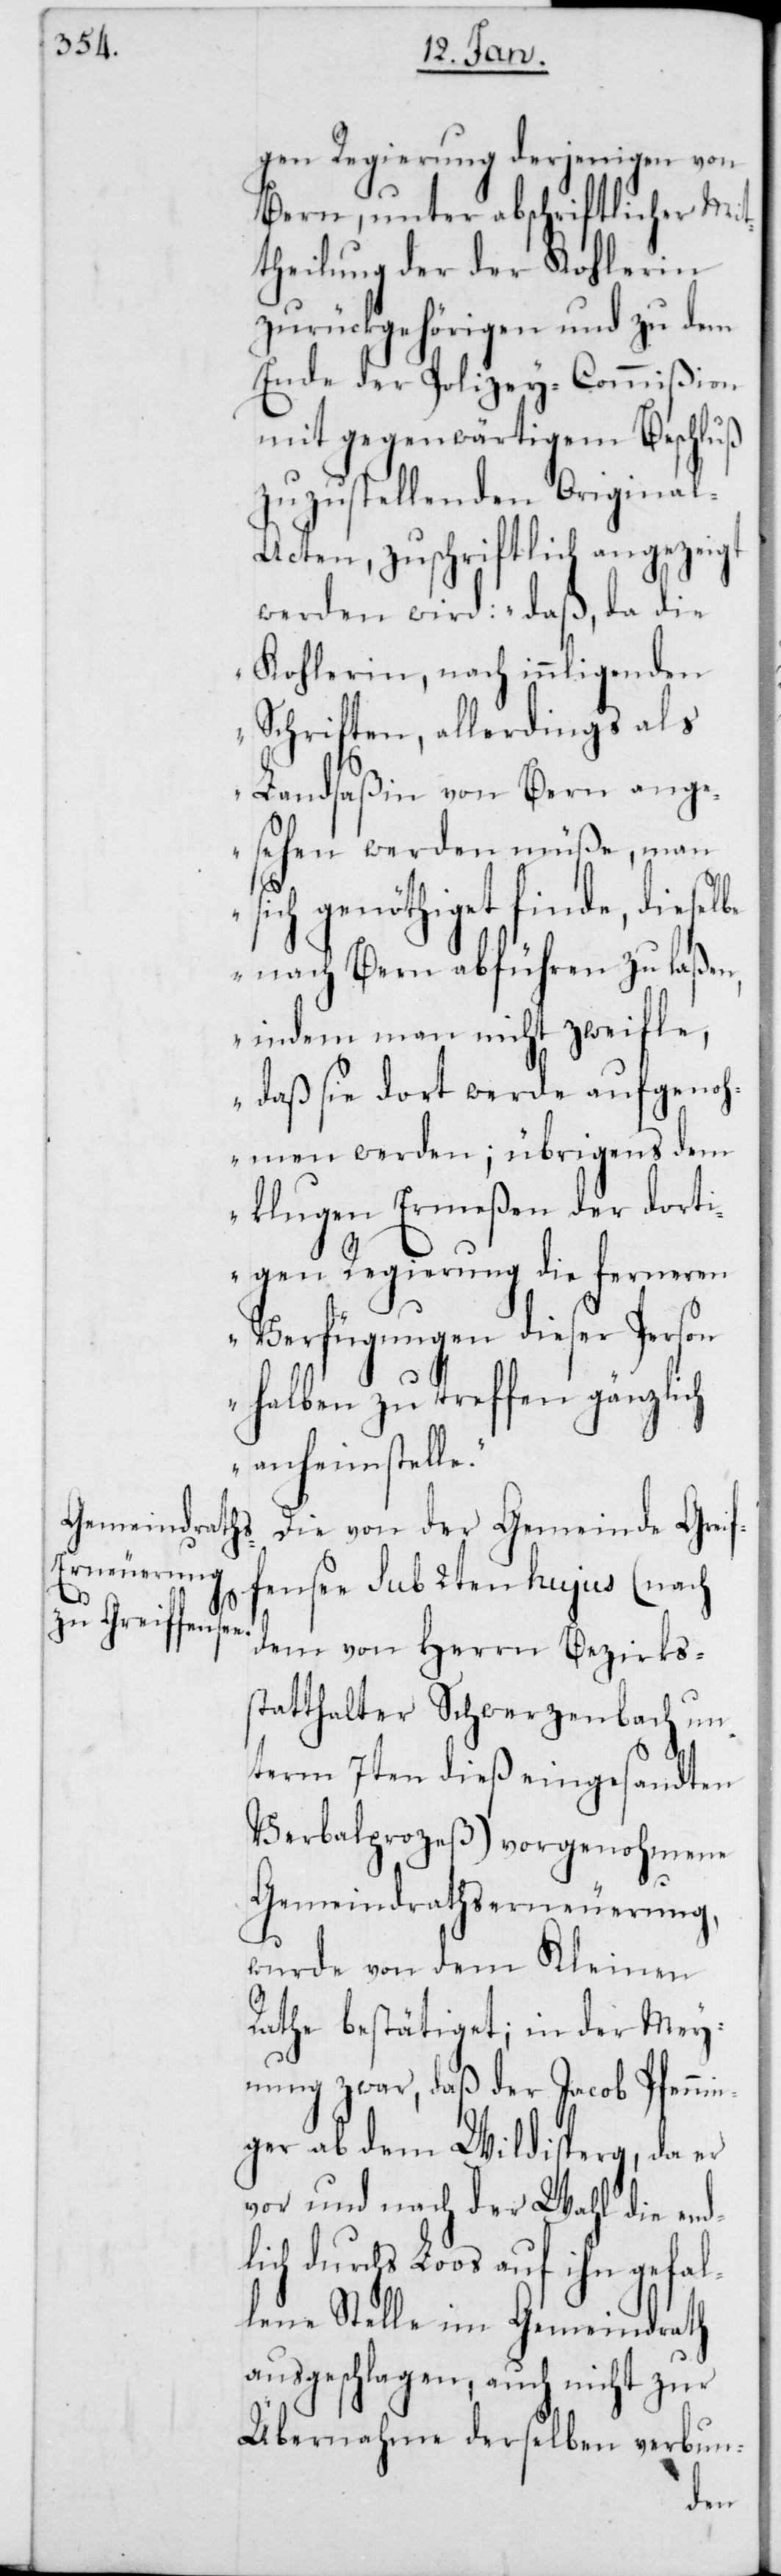
gen Regierung derjenigen von
Bern, unter abschriftlicher Mit¬
theilung der der Kohlerin
zurückgehörigen und zu dem
Ende der Polizey-Commißion
mit gegenwärtigem Beschluß
zuzustellenden Origina¬
l-Acten, zuschriftlich angezeigt
werden wird: „daß, da die
Kohlerin, nach innligenden
Schriften, allerdings als
Landsaßin von Bern ange¬
sehen werden müße, man
sich genöthiget finde, diesel¬
be nach Bern abführen zu laßen,
indem man nicht zweifle,
daß sie dort werde aufgenoh¬
men werden; übrigens dem
klugen Ermeßen der dorti¬
gen Regierung die ferneren
Verfügungen dieser Person
halben zu treffen gänzlich
anheim stell¬
Die von der Gemeinde Greif¬
fensee sub 2ten hujus (nach
e.“
dem von Herrn Bezirks¬
statthalter Schwerzenbach un¬
term 7ten dieß eingesandten
Verbalprozeß) vorgenohmene
Gemeindrathserneuerung,
wurde von dem Kleinen
Rathe bestätiget; in der Mey¬
nung zwar, daß der Jacob Pfennin¬
ger ab dem Wildisperg, da er
vor und nach der Wahl die end¬
lich durchs Loos auf ihn gefal¬
lene Stelle im Gemeindrath
ausgeschlagen; auch nicht zur
Übernahme derselben verbun-